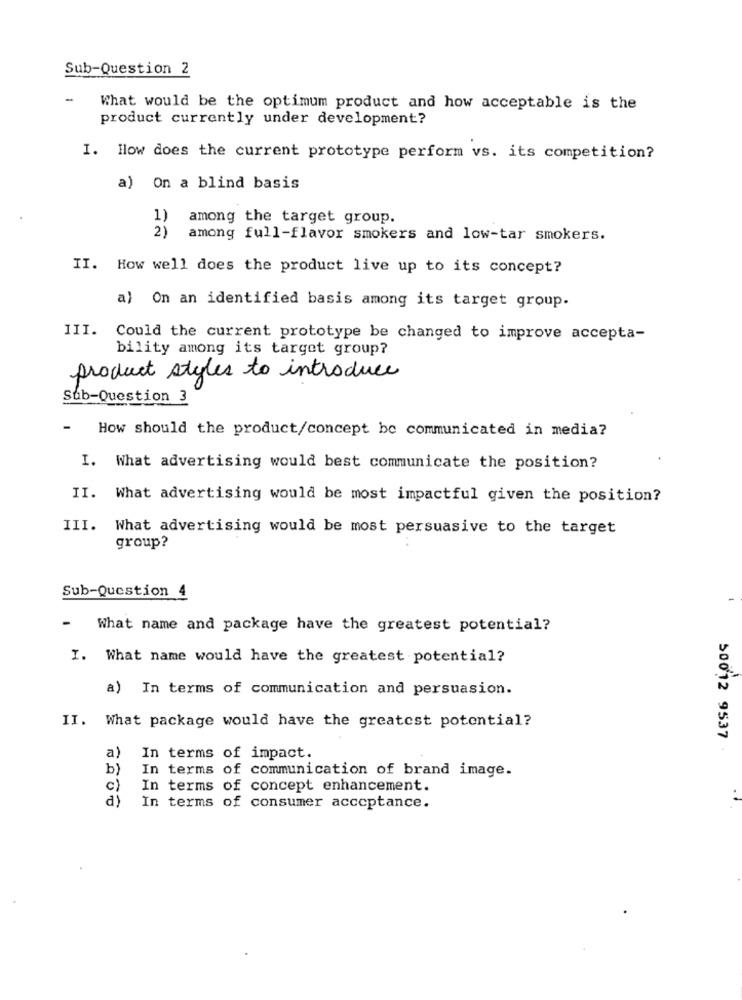
Sub-Question 2
-
What would be the optimum product and how acceptable is the
product currently under development?
I. How does the current prototype perform vs. its competition?
a) On a blind basis
1)
among the target group.
2)
among full-flavor smokers and low-tar smokers.
II. How well does the product live up to its concept?
a) On an identified basis among its target group.
III. Could the current prototype be changed to improve accepta-
bility among its target group?
product styles to introduce
Sub-Question 3
- How should the product/concept be communicated in media?
I. What advertising would best communicate the position?
II. What advertising would be most impactful given the position?
III.
What advertising would be most persuasive to the target
group?
Sub-Question 4
-
What name and package have the greatest potential?
I. What name would have the greatest potential?
a) In terms of communication and persuasion.
II. What package would have the greatest potential?
50012 9537
a)
In terms of impact.
b)
In terms of communication of brand image.
c)
In terms of concept enhancement.
d)
In terms of consumer acceptance.